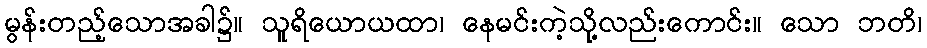
မွန်းတည့်သောအခါ၌။ သူရိယောယထာ၊ နေမင်းကဲ့သို့လည်းကောင်း။ သော ဘတိ၊